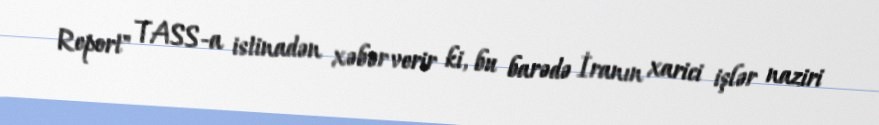
Report" TASS-a istinadən xəbər verir ki, bu barədə İranın xarici işlər naziri